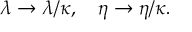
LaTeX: \lambda \rightarrow \lambda / \kappa , \quad \eta \rightarrow \eta / \kappa .